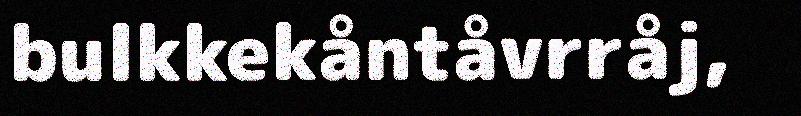
bulkkekåntåvrråj,